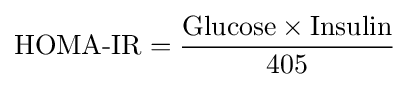
{\text{HOMA-IR}}={\frac {{\text{Glucose}}\times {\text{Insulin}}}{405}}